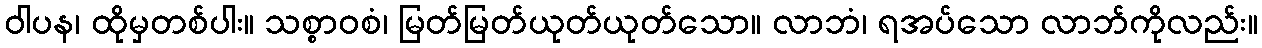
ဝါပန၊ ထိုမှတစ်ပါး။ သစ္စာဝစံ၊ မြတ်မြတ်ယုတ်ယုတ်သော။ လာဘံ၊ ရအပ်သော လာဘ်ကိုလည်း။